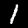
Label: 1